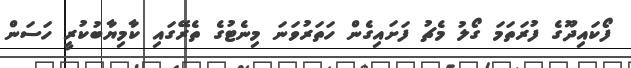
ފޯކައިދޫގެ ފުރަތަމަ ގޯލު މެޗު ފަށައިގެން ހަތަރުވަނަ މިނެޓުގެ ތެރޭގައި ކާމިޔާބުކުރީ ހަސަން